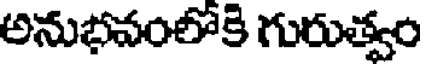
అనుభవంలోకి గురుత్వం